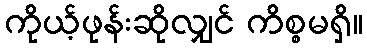
ကိုယ့်ဖုန်းဆိုလျှင် ကိစ္စမရှိ။